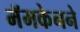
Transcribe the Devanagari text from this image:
मॅमकेनने